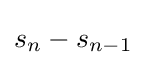
s_{n}-s_{n-1}